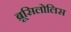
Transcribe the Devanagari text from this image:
ब्रूसिलोलिस